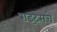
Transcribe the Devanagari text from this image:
राइट्सचे